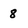
Character: 8